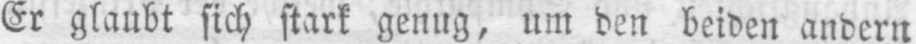
Er glaubt sich stark genug, um den beiden andern